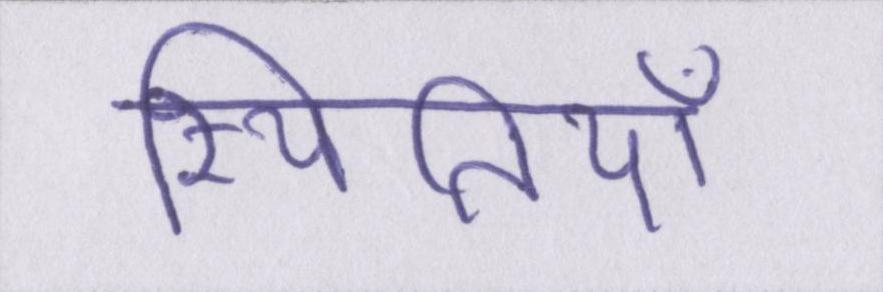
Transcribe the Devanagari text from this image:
स्थितियाँ